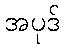
အပုဒ်